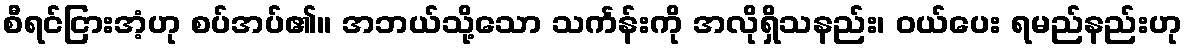
စီရင်ငြားအံ့ဟု စပ်အပ်၏။ အဘယ်သို့သော သင်္ကန်းကို အလိုရှိသနည်း၊ ဝယ်ပေး ရမည်နည်းဟု